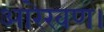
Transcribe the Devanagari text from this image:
आरेखण।